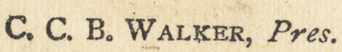
C. C. B. WALKER, Pres.